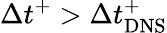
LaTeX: \Delta t^{+}>\Delta t_{\mathrm{DNS}}^{+}